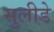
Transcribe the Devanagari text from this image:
सुलीडे